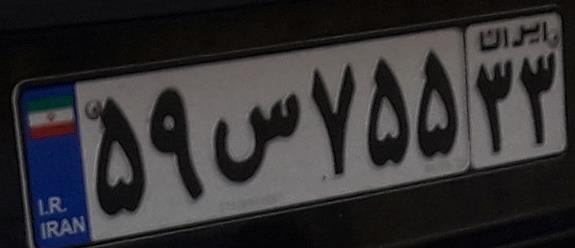
۵۹س۷۵۵۳۳